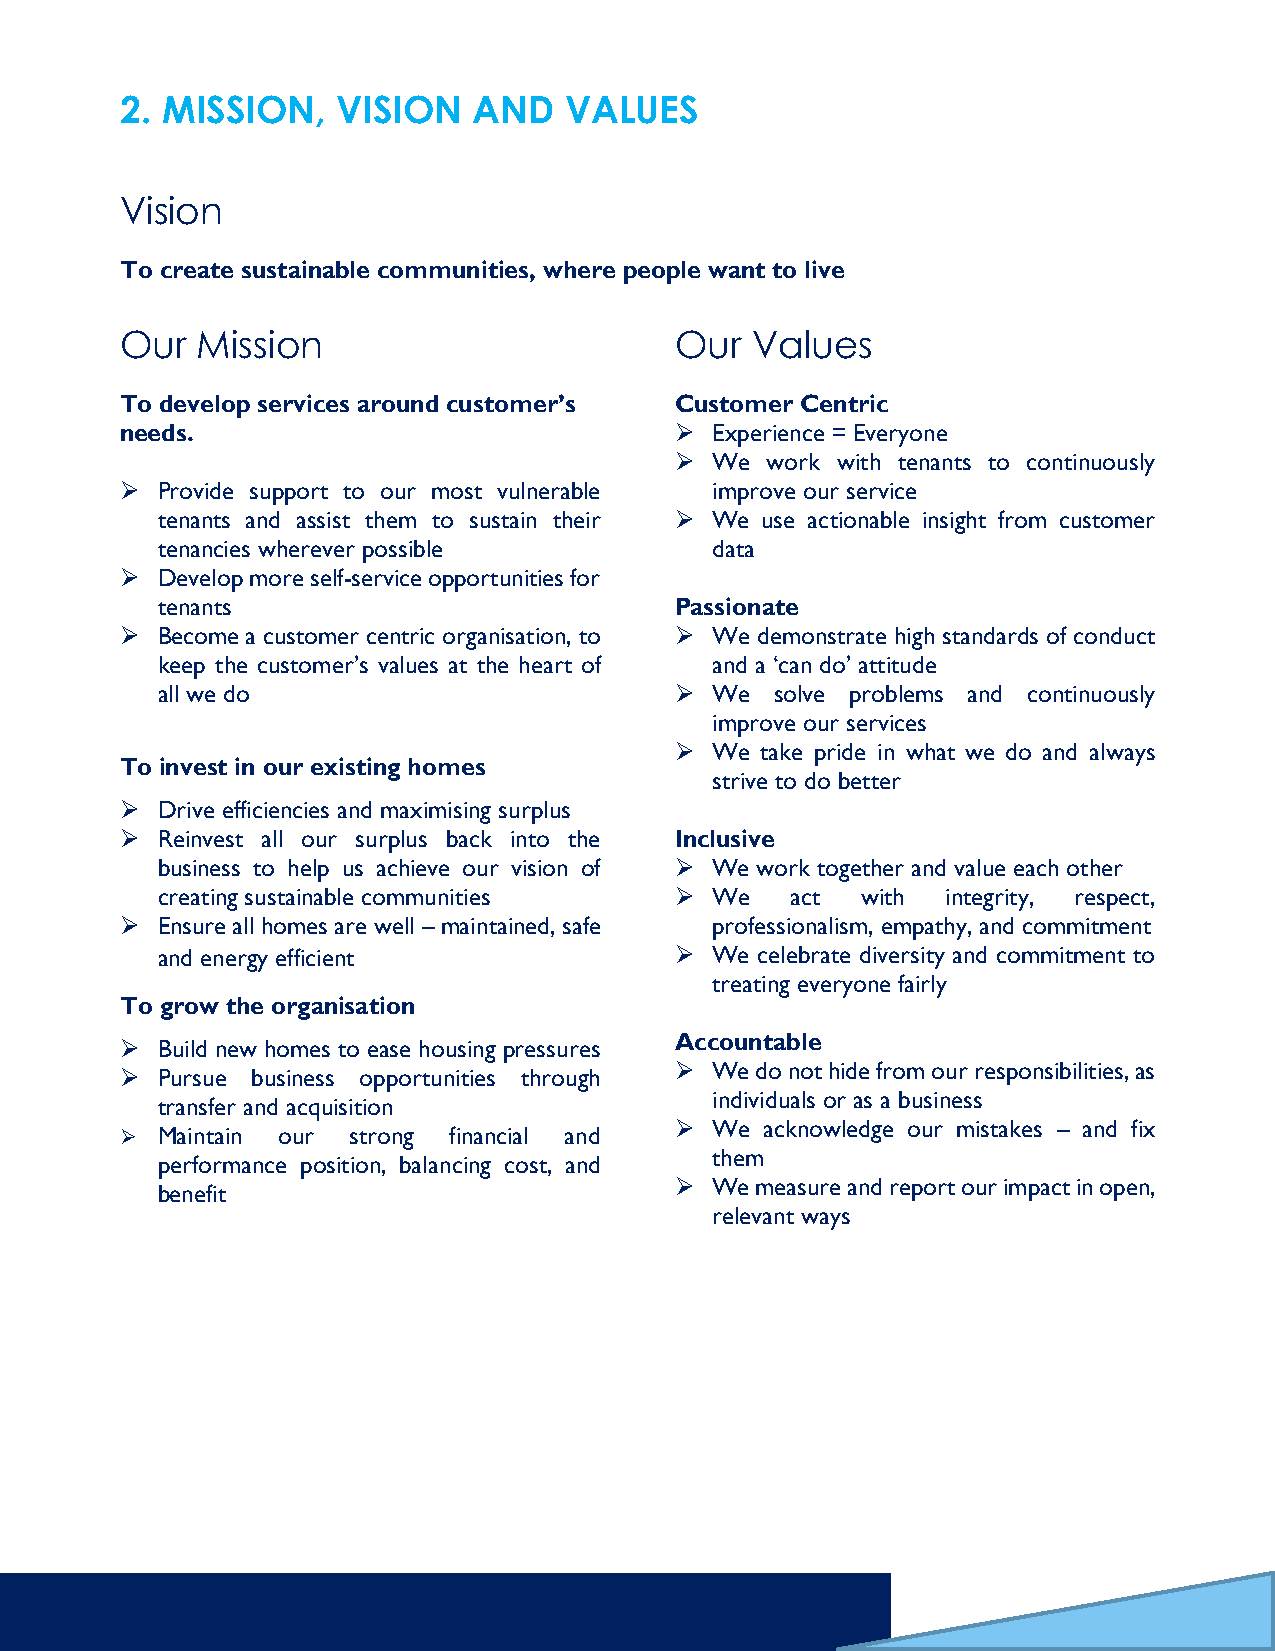
2. MISSION,   VISION   AND   VALUES
 Vision
 To create sustainable communities, where people want to live
 Our  Mission                         Our  Values
 To develop services around customer’s Customer Centric
 needs.                               ➢ Experience = Everyone
 ➢ We  work with tenants to continuously
 ➢ Provide support to our most vulnerable improve our service
 tenants and assist them to sustain their ➢ We use actionable insight from customer
 tenancies wherever possible          data
 ➢ Develop more self-service opportunities for
 tenants                            Passionate
 ➢ Become a customer centric organisation, to ➢ We demonstrate high standards of conduct
 keep the customer’s values at the heart of and a ‘can do’ attitude
 all we do                          ➢ We  solve problems and continuously
 improve our services
 ➢ We take pride in what we do and always
 To invest in our existing homes
 strive to do better
 ➢ Drive efficiencies and maximising surplus
 ➢ Reinvest all our surplus back into the Inclusive
 business to help us achieve our vision of ➢ We work together and value each other
 creating sustainable communities   ➢ We   act  with  integrity, respect,
 ➢ Ensure all homes are well – maintained, safe professionalism, empathy, and commitment
 and energy efficient               ➢ We celebrate diversity and commitment to
 treating everyone fairly
 To grow the organisation
 ➢ Build new homes to ease housing pressures Accountable
 ➢ Pursue business opportunities through ➢ We do not hide from our responsibilities, as
 individuals or as a business
 transfer and acquisition
 ➢ We  acknowledge our mistakes – and fix
 ➢ Maintain our strong financial and
 them
 performance position, balancing cost, and
 ➢ We measure and report our impact in open,
 benefit
 relevant ways